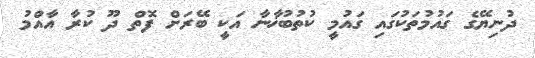
ދުނިޔޭގެ ގައުމުތަކުގައި ގައުމީ ކުތުބުޚާނާ އަކީ ބޭރަށް ފޮތް ދޫ ކުރާ އާއްމު